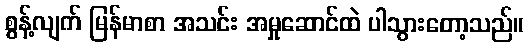
စွန့်လျက် မြန်မာစာ အသင်း အမှုဆောင်ထဲ ပါသွားတော့သည်။